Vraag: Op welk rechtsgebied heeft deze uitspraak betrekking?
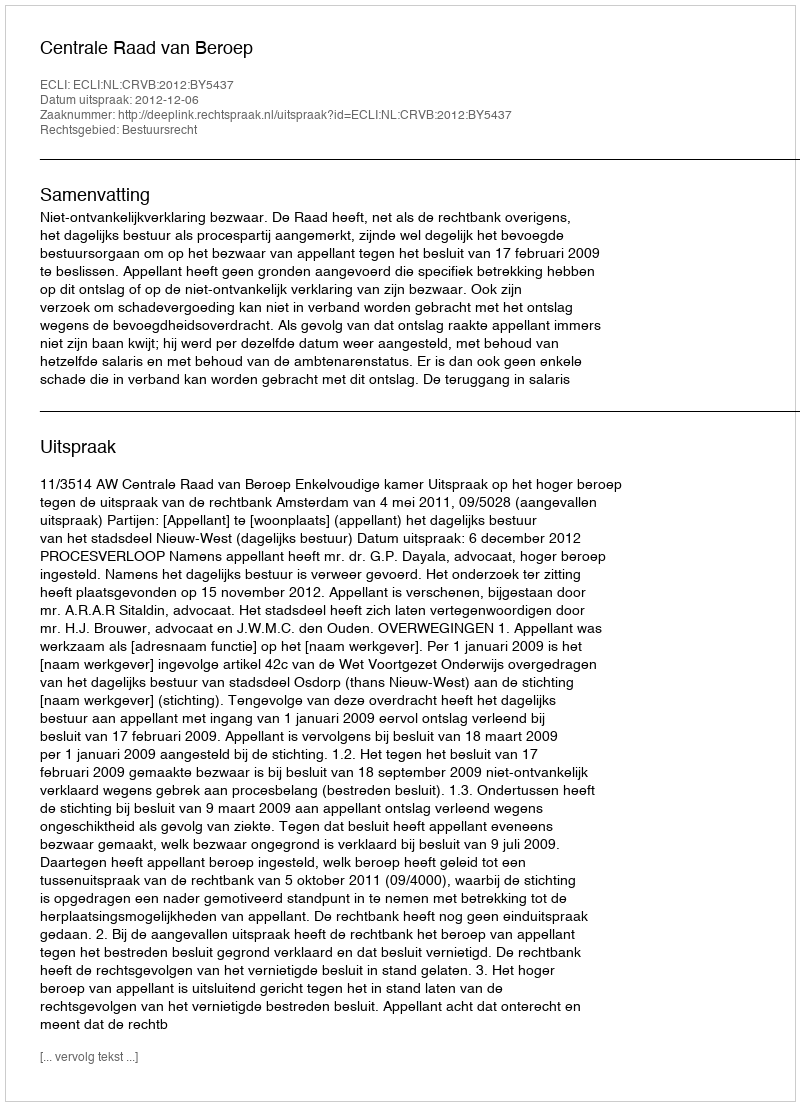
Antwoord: Bestuursrecht